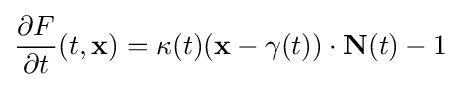
{\frac {\partial F}{\partial t}}(t,{\mathbf {x} })=\kappa (t)({\mathbf {x} }-\gamma (t))\cdot {\mathbf {N} }(t)-1\